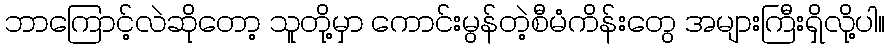
ဘာကြောင့်လဲဆိုတော့ သူတို့မှာ ကောင်းမွန်တဲ့စီမံကိန်းတွေ အများကြီးရှိလို့ပါ။